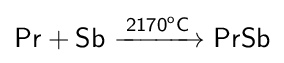
{\mathsf {Pr+Sb\ {\xrightarrow {2170^{o}C}}\ PrSb}}